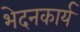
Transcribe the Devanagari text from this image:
भेदनकार्य